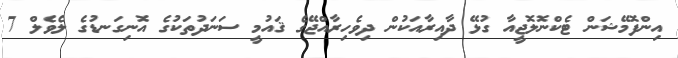
އިންފޮމޭޝަން ޓެކްނޮލޮޖީއާ ގުޅޭ ދާއިރާއަކުން ދިވެހިރާއްޖޭގެ ޤައުމީ ސަނަދުތަކުގެ އޮނިގަނޑުގެ ލެވެލް 7